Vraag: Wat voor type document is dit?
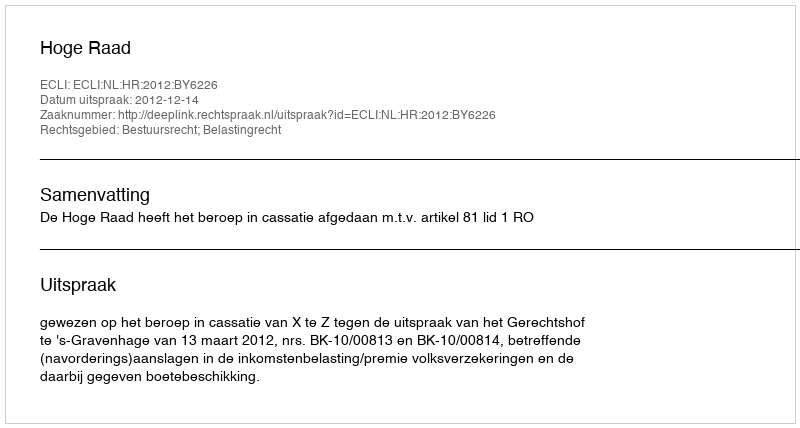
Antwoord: Uitspraak